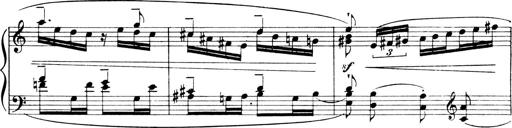
Title: 4 Sonatines
Composer: Max Reger